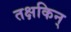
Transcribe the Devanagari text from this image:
तक्षकिन्